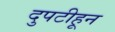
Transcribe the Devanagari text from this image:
दुपटीहून